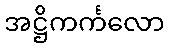
အဋ္ဌိကင်္ကလော